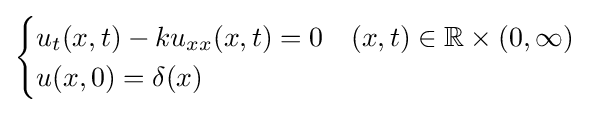
{\begin{cases}u_{t}(x,t)-ku_{xx}(x,t)=0&(x,t)\in \mathbb {R} \times (0,\infty )\\u(x,0)=\delta (x)&\end{cases}}